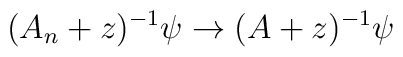
(A_n+z)^{-1}\psi \rightarrow (A+z)^{-1}\psi